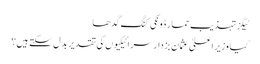
ٹیگزتہذیب حمار ڈونکی کنگ گدھا
کیا وزیراعلیٰ عثمان بزدار سرائیکیوں کی تقدیر بدل سکتے ہیں؟